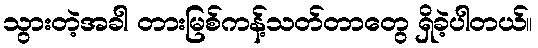
သွားတဲ့အခါ တားမြစ်ကန့်သတ်တာတွေ ရှိခဲ့ပါတယ်။